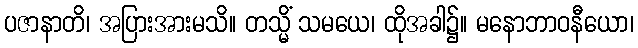
ပဇာနာတိ၊ အပြားအားမသိ။ တသ္မိံ သမယေ၊ ထိုအခါ၌။ မနောဘာဝနီယော၊